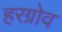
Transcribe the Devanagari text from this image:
हरग्रोव